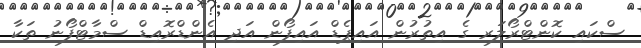
ސްކައި ކޮންޓްރޯލަރ ގެ އިތުރުން އައިޕެޑް އައިފޯން އަދި އެންޑްރޮއިޑް ސްމާޓްފޯނު ތަކާ